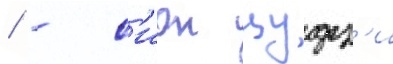
/ - с'ион цудз'и